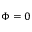
\boldsymbol \Phi = 0